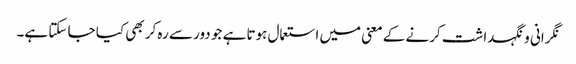
نگرانی و نگہداشت کرنے کے معنی میں استعمال ہوتا ہے جو دور سے رہ کر بھی کیا جا سکتا ہے۔